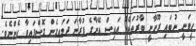
ހީވަނީ ނުބައި ރޫހާނީ ބާރުތަކެއް އައިސް އޭނާގެ ފުރާނަ ދަމައިގެން ގޮސްފައިވާ ހެންނެވެ.